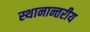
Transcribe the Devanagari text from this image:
स्थानान्तरीय